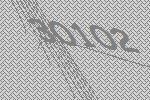
30102